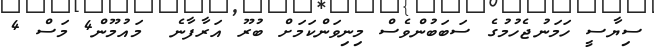
ސިޔާސީ ހަމަނުޖެހުމުގެ ސަބަބުންވެސް މިނިވަންކަމަށް ބުރޫ އަރާފާނެ  މައުމޫން4 މަސް 4